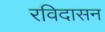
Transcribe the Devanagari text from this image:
रविदासन